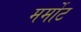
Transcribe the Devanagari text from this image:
मर्मोट